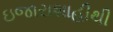
ઇજારાશાહીથી